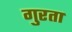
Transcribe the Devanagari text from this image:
गुरता